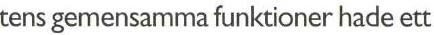
tens gemensamma funktioner hade ett